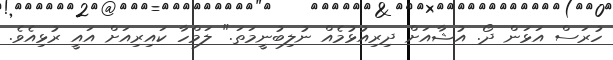
ހުރަސް އަޅަން ދޯ. އުޝާއަށް ދިރިއުޅުމެއް ނުލިބުނީމަތަ." ލަމްހާ ކައިރިއަށް އައީ ރުޅިއެވެ.